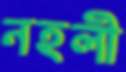
নহলী